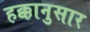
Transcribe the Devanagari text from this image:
हक्कानुसार